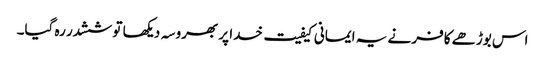
اس بوڑھے کافر نے یہ ایمانی کیفیت خدا پر بھروسہ دیکھا تو ششدر رہ گیا۔